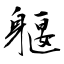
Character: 躽